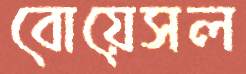
বোয়েসল